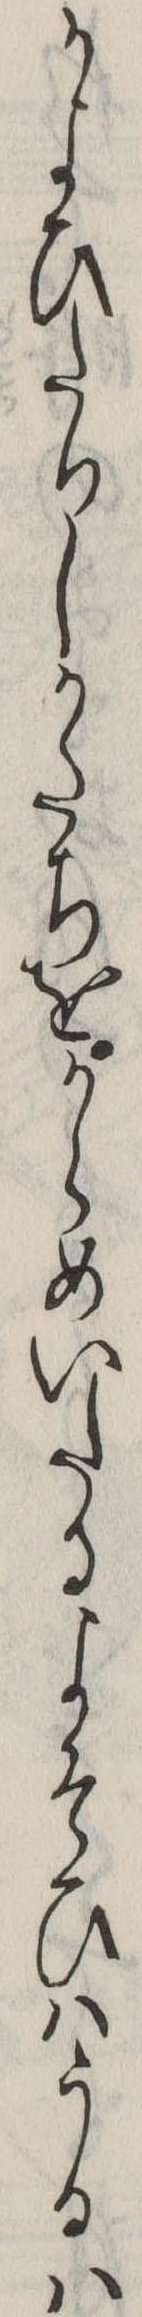
かよひたりしかたちをからめいたるよそひはうるは